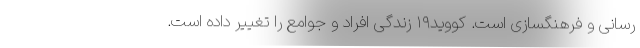
رسانی و فرهنگسازی است. کووید۱۹ زندگی افراد و جوامع را تغییر داده است.